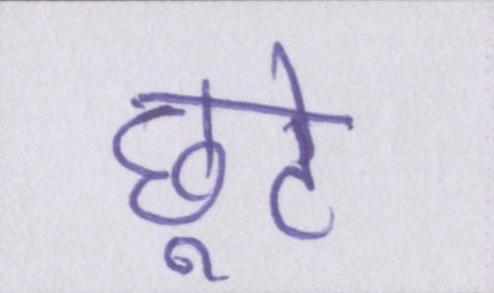
छूटे